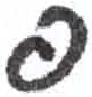
אות: פ